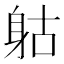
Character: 𨈰